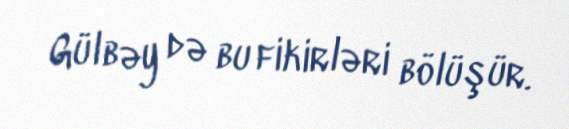
Gülbəy də bu fikirləri bölüşür.